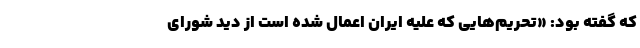
که گفته بود: «تحریم‌هایی که علیه ایران اعمال شده است از دید شورای